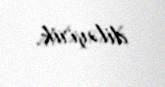
diləyirik.